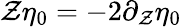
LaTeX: \mathcal{Z}\eta_{0}=-2\partial_{\mathcal{Z}}\eta_{0}